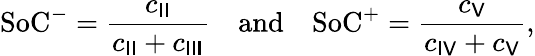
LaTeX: \textrm{SoC}^{-}=\frac{c_{\sf II}}{c_{\sf II}+c_{\sf III}}\quad\textrm{and}\quad\textrm{SoC}^{+}=\frac{c_{\sf V}}{c_{\sf IV}+c_{\sf V}},